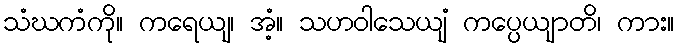
သံဃကံကို။ ကရေယျ၊ အံ့။ သဟဝါသေယျံ ကပ္ပေယျာတိ၊ ကား။